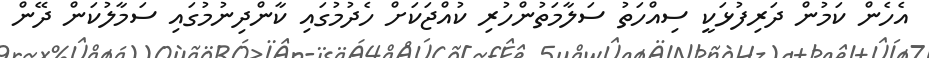
އެހެން ކަމުން ދަރިފުޅަކީ ސިއްހަތު ސަލާމަތުންހުރި ކުއްޖަކަށް ހެދުމުގައި ކާންދިނުމުގައި ސަމާލުކަން ދޭން